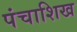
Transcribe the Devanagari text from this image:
पंचाशिख